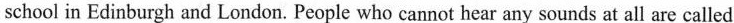
school in Edinburgh and London. People who cannot hear any sounds at all are called